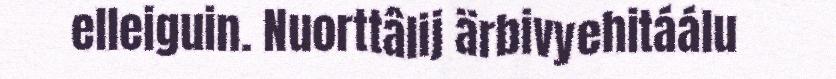
elleiguin. Nuorttâlij ärbivyehitáálu